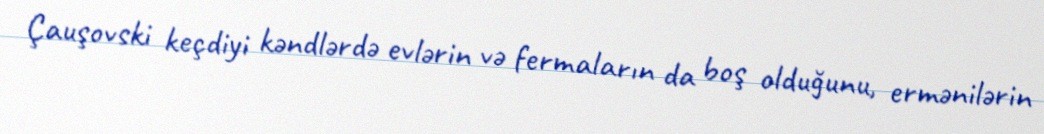
Çauşovski keçdiyi kəndlərdə evlərin və fermaların da boş olduğunu, ermənilərin